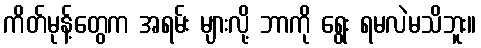
ကိတ်မုန့်တွေက အရမ်း များလို့ ဘာကို ရွေး ရမလဲမသိဘူး။